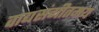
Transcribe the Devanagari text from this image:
वाद्यसंगीतमय